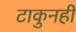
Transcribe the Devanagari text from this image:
टाकुनही